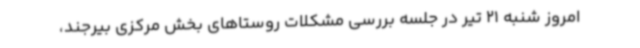
امروز شنبه 21 تیر در جلسه بررسی مشکلات روستاهای بخش مرکزی بیرجند،